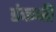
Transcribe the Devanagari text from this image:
डंकनी